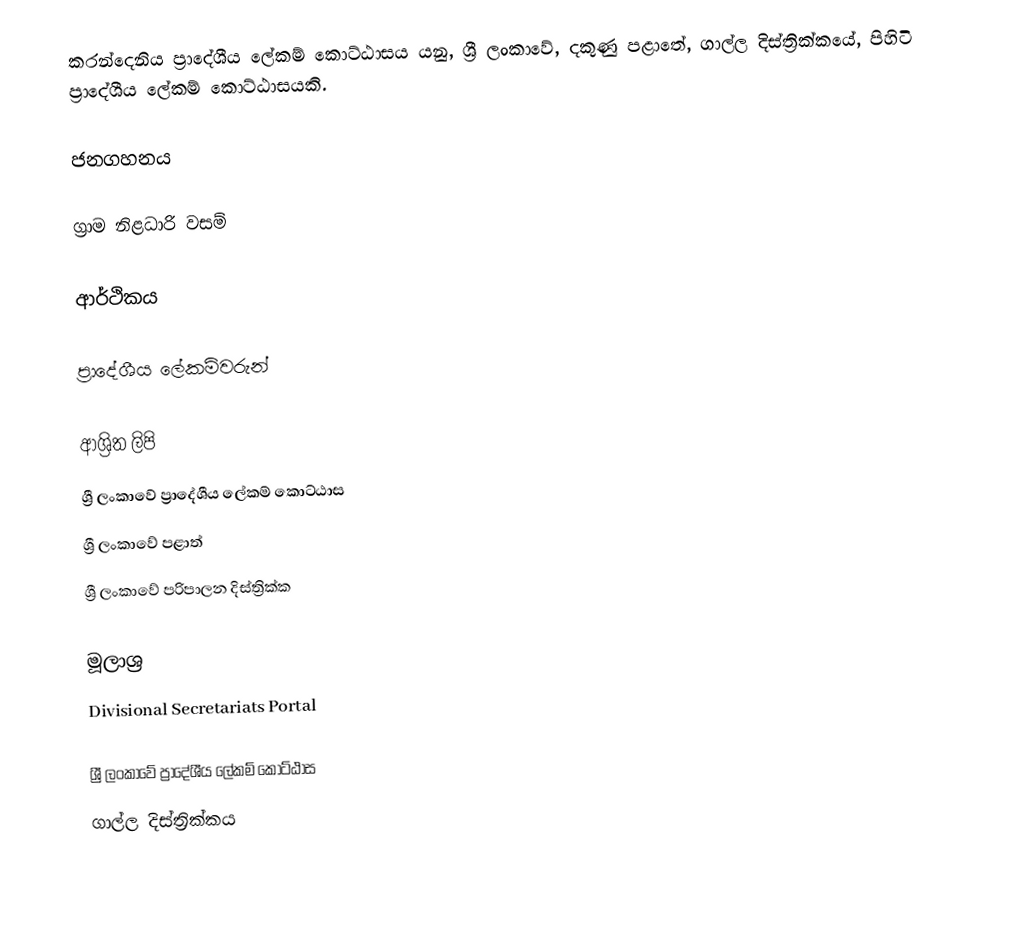
කරන්දෙනිය ප්‍රාදේශීය ලේකම් කොට්ඨාසය යනු,  ශ්‍රී ලංකාවේ, දකුණු පළාතේ,   ගාල්ල දිස්ත්‍රික්කයේ, පිහිටි ප්‍රාදේශීය ලේකම් කොට්ඨාසයකි.

ජනගහනය

ග්‍රාම නිළධාරි වසම්

ආර්ථිකය

ප්‍රාදේශීය ලේකම්වරුන්

ආශ්‍රිත ලිපි
ශ්‍රී ලංකාවේ ප්‍රාදේශීය ලේකම් කොට්ඨාස
ශ්‍රී ලංකාවේ පළාත්
ශ්‍රී ලංකාවේ පරිපාලන දිස්ත්‍රික්ක

මූලාශ්‍ර
 Divisional Secretariats Portal

ශ්‍රී ලංකාවේ ප්‍රාදේශීය ලේකම් කොට්ඨාස
ගාල්ල දිස්ත්‍රික්කය